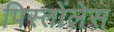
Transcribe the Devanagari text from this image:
पिस्तोंलेस